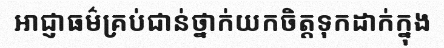
អាជ្ញាធម៌គ្រប់ជាន់ថ្នាក់យកចិត្តទុកដាក់ក្នុង